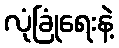
လုံခြုံရေးနဲ့